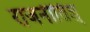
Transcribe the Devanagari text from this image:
राजनीतिज्ञ्